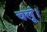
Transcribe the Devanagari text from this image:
चलूं।